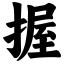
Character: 握